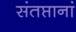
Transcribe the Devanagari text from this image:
संतप्तानां